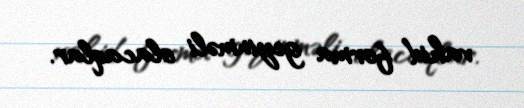
vahid forma geyinməli olacaqlar.